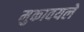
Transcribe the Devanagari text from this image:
मुकावयले